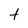
Character: t